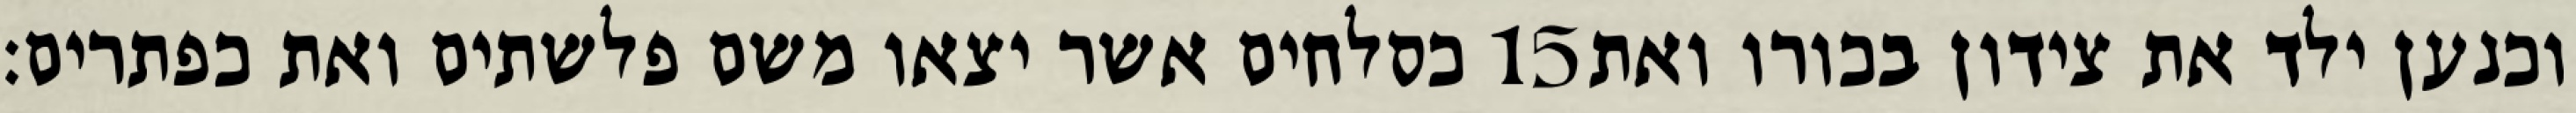
כסלחים אשר יצאו משם פלשתים ואת כפתרים׃ ‎15‏ וכנען ילד את צידון בכורו ואת